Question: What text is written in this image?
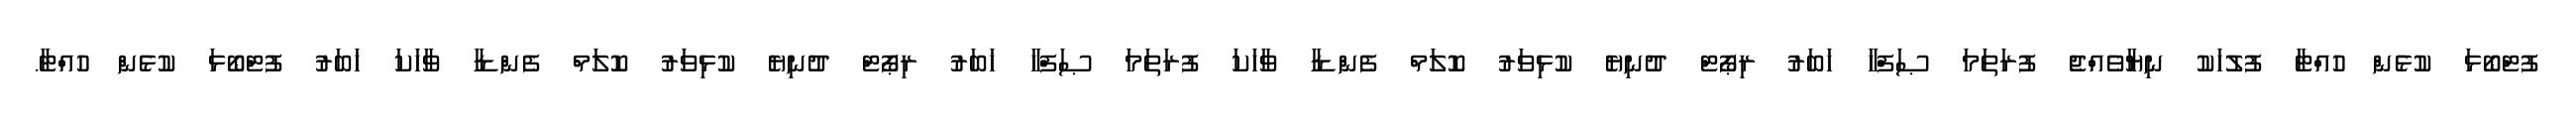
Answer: ފުޓްބޯޅަ ކުޅެން ހުއްޓާ ފުލުހަކު ނިޔާވެއްޖެ ފުރަތަމަ ޞަފްހާ ޚަބަރު ރިޕޯޓް ދުނިޔެ ކުޅިވަރު ކޮލަމް ފެންޑާ ވާހަކަ ފުރަތަމަ ޞަފްހާ ޚަބަރު ރިޕޯޓް ދުނިޔެ ކުޅިވަރު ކޮލަމް ފެންޑާ ވާހަކަ ޚަބަރު ފުޓްބޯޅަ ކުޅެން ހުއްޓާ.